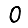
Digit: 0